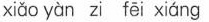
xiǎo yàn zi fēi xiáng